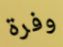
وفرة